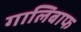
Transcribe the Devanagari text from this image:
गालिबाफ